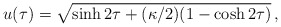
\begin{align*}u(\tau) = \sqrt{\sinh{2\tau}+(\kappa/2)(1-\cosh{2\tau})}\,,\end{align*}